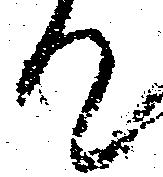
て